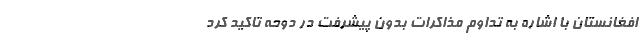
افغانستان با اشاره به تداوم مذاکرات بدون پیشرفت در دوحه تاکید کرد